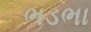
ભડભા